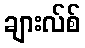
ချားလ်စ်